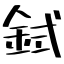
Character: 鉽